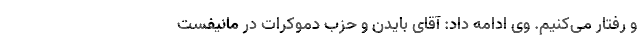
و رفتار می‌کنیم. وی ادامه داد: آقای بایدن و حزب دموکرات در مانیفست